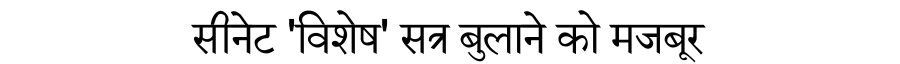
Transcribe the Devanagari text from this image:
सीनेट 'विशेष' सत्र बुलाने को मजबूर